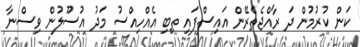
ކަން ކުރުމުން ދަ ރާއްޖެތެރޭން އައިސްފައި ތިބި އެއްހިއްސު މަދު އުސޫލުން ވިސްނާ